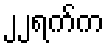
၂၂ရက်က